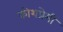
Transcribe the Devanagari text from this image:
कोशप्रेमी